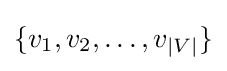
\{v_{1},v_{2},\dots ,v_{|V|}\}